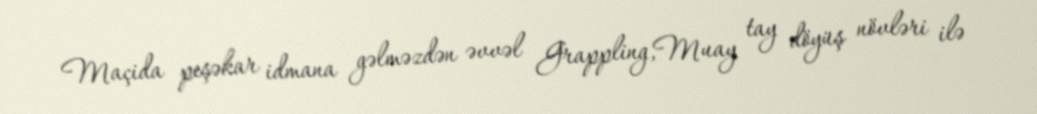
Maçida peşəkar idmana gəlməzdən əvvəl Grappling,Muay tay döyüş növləri ilə